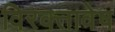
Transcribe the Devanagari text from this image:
विरक्तावेष